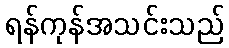
ရန်ကုန်အသင်းသည်